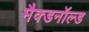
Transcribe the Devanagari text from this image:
मैक्डनॉल्ड